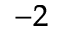
^ { - 2 }